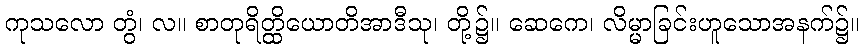
ကုသလော တွံ၊ လ။ စာတုရိတ္ထိယောတိအာဒီသု၊ တို့၌။ ဆေကေ၊ လိမ္မာခြင်းဟူသောအနက်၌။